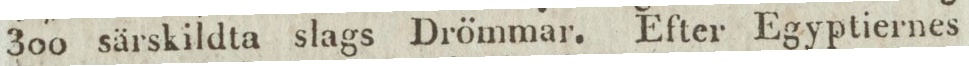
300 särskildta slags Drömmar. Efter Egyptiernes